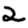
Digit: 2